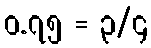
၀.၇၅ = ၃/၄